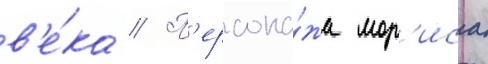
в'е́ка // П'ерсона́жа мор'иса